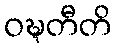
ဝဍ္ဎတီတိ